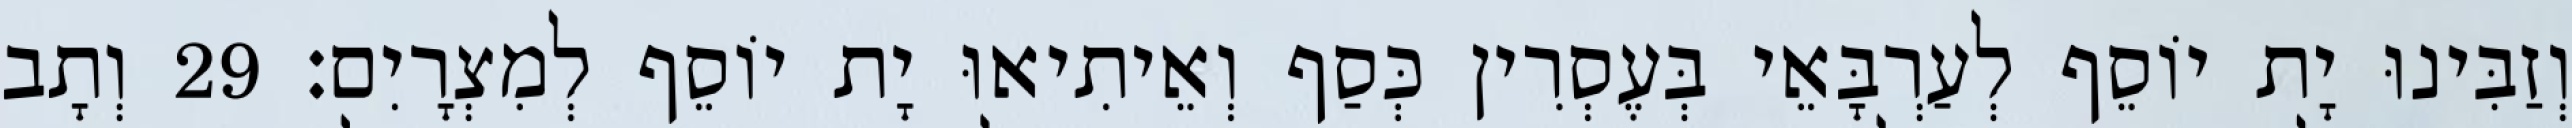
וְזַבִּינוּ יָת יוֹסֵף לְעַרְבָּאֵי בְּעֶסְרִין כְּסַף וְאֵיתִיאוּ יָת יוֹסֵף לְמִצְרָיִם׃ 29 וְתָב